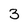
Character: 3